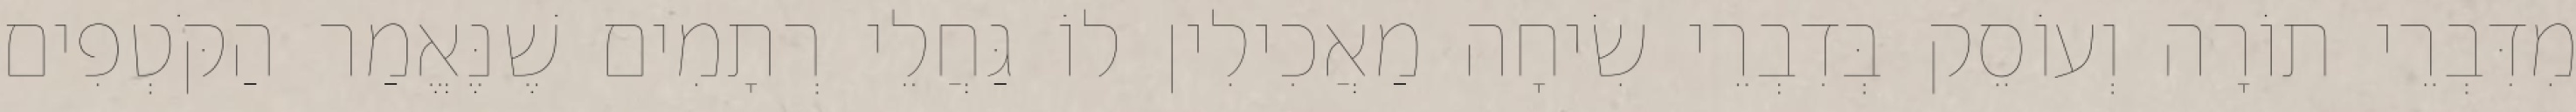
מִדִּבְרֵי תוֹרָה וְעוֹסֵק בְּדִבְרֵי שִׂיחָה מַאֲכִילִין לוֹ גַּחֲלֵי רְתָמִים שֶׁנֶּאֱמַר הַקֹּטְפִים